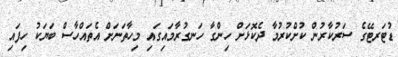
ޑުޓަރޓޭގެ ސަރުކާރުން ކުށްކުރުމާ ދެކޮޅަށް ހިންގާ ހަނގުރާމައިގައި މިހާތަނަށް އެތައްހާސް ބަޔަކު ހިފައި